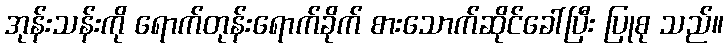
အုန်းသန်းကို ရောက်တုန်းရောက်ခိုက် စားသောက်ဆိုင်ခေါ်ပြီး ပြုစု သည်။